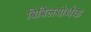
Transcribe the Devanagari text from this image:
बिबिलयोथैक